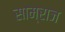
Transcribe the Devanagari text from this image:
साम्राज